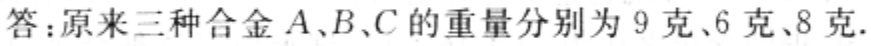
答：原来三种合金\(A、B、C\)的重量分别为\(9\)克、\(6\)克、\(8\)克.